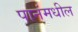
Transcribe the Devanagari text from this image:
पानंमधील